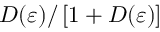
D ( \varepsilon ) / \left[ 1 + D ( \varepsilon ) \right]